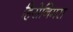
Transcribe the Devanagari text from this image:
हिरोनिमस